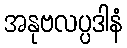
အနုဗလပ္ပဒါနံ